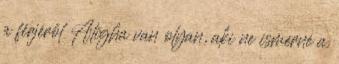
a férjéről Aligha van olyan, aki ne ismerné a